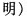
明)